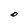
Character: O